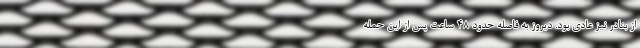
از بنادر نیز عادی بود. دیروز به فاصله حدود 48 ساعت پس از این حمله